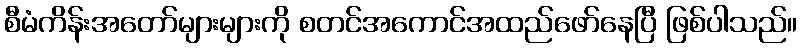
စီမံကိန်းအတော်များများကို စတင်အကောင်အထည်ဖော်နေပြီ ဖြစ်ပါသည်။